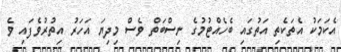
އެކަމަކު އެތަކެތި އަތުގައި ބެހެއްޓުމުގެ ނިސްބަތް ވެސް މިދިޔަ އަހަރު އިތުރުވެފައި ވެ